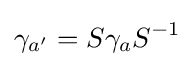
\gamma _{a'}=S\gamma _{a}S^{-1}